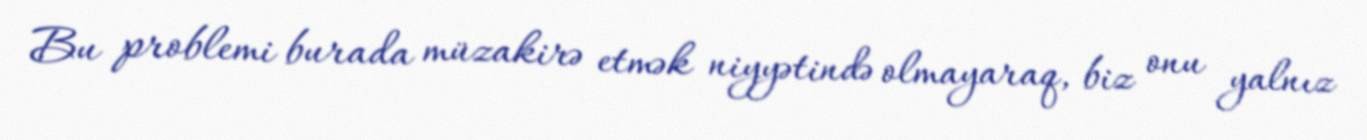
Bu problemi burada müzakirə etmək niyyətində olmayaraq, biz onu yalnız